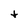
Character: t